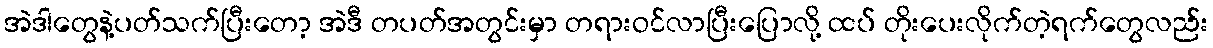
အဲဒါတွေနဲ့ပတ်သက်ပြီးတော့ အဲဒီ တပတ်အတွင်းမှာ တရားဝင်လာပြီးပြောလို့ ထပ် တိုးပေးလိုက်တဲ့ရက်တွေလည်း